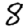
Digit: 8